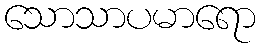
သောသာပမာရော